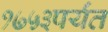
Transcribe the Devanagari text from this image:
१७५३पर्यंत